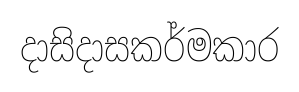
දාසිදාසකර්මකාර